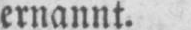
ernannt.